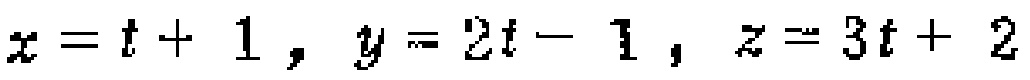
$x = t + 1 , y = 2t - 1 , z = 3t + 2$